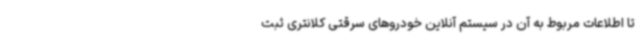
تا اطلاعات مربوط به آن در سیستم آنلاین خودروهای سرقتی کلانتری ثبت